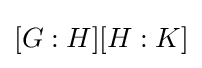
[G:H][H:K]